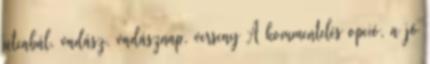
utcabál, vadász, vadásznap, verseny A kommentelés opció, a jó